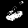
Digit: 6